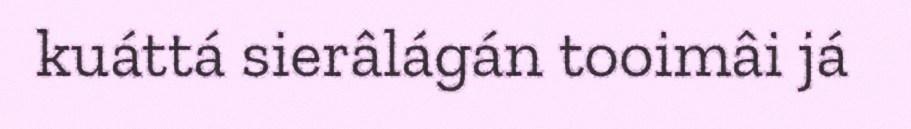
kuáttá sierâlágán tooimâi já